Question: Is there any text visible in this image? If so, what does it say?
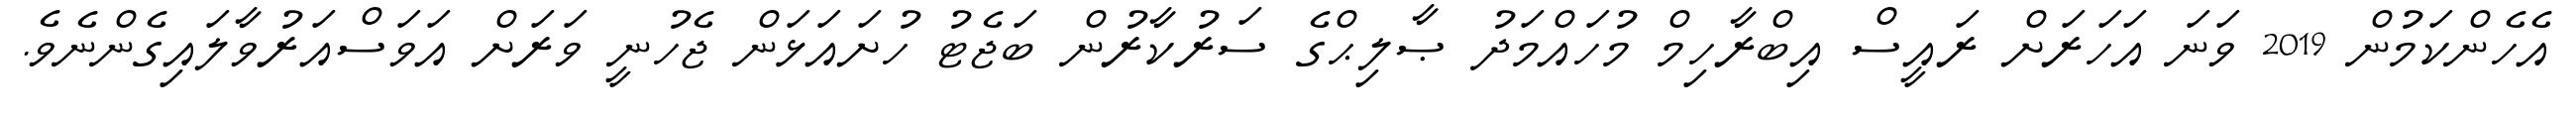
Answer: އެހެންކަމުން 2019 ވަނަ އަހަރަށް ރައީސް އިބްރާހިމް މުހައްމަދު ޞާލިޙްގެ ސަރުކާރުން ބަޖެޓު ހުށައަޅަން ޖެހުނީ ވަރަށް އަވަސްއަރުވާލައިގެންނެވެ.